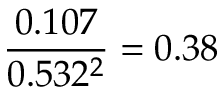
{ \frac { 0 . 1 0 7 } { 0 . 5 3 2 ^ { 2 } } } = 0 . 3 8